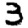
Digit: 3